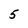
Character: 5